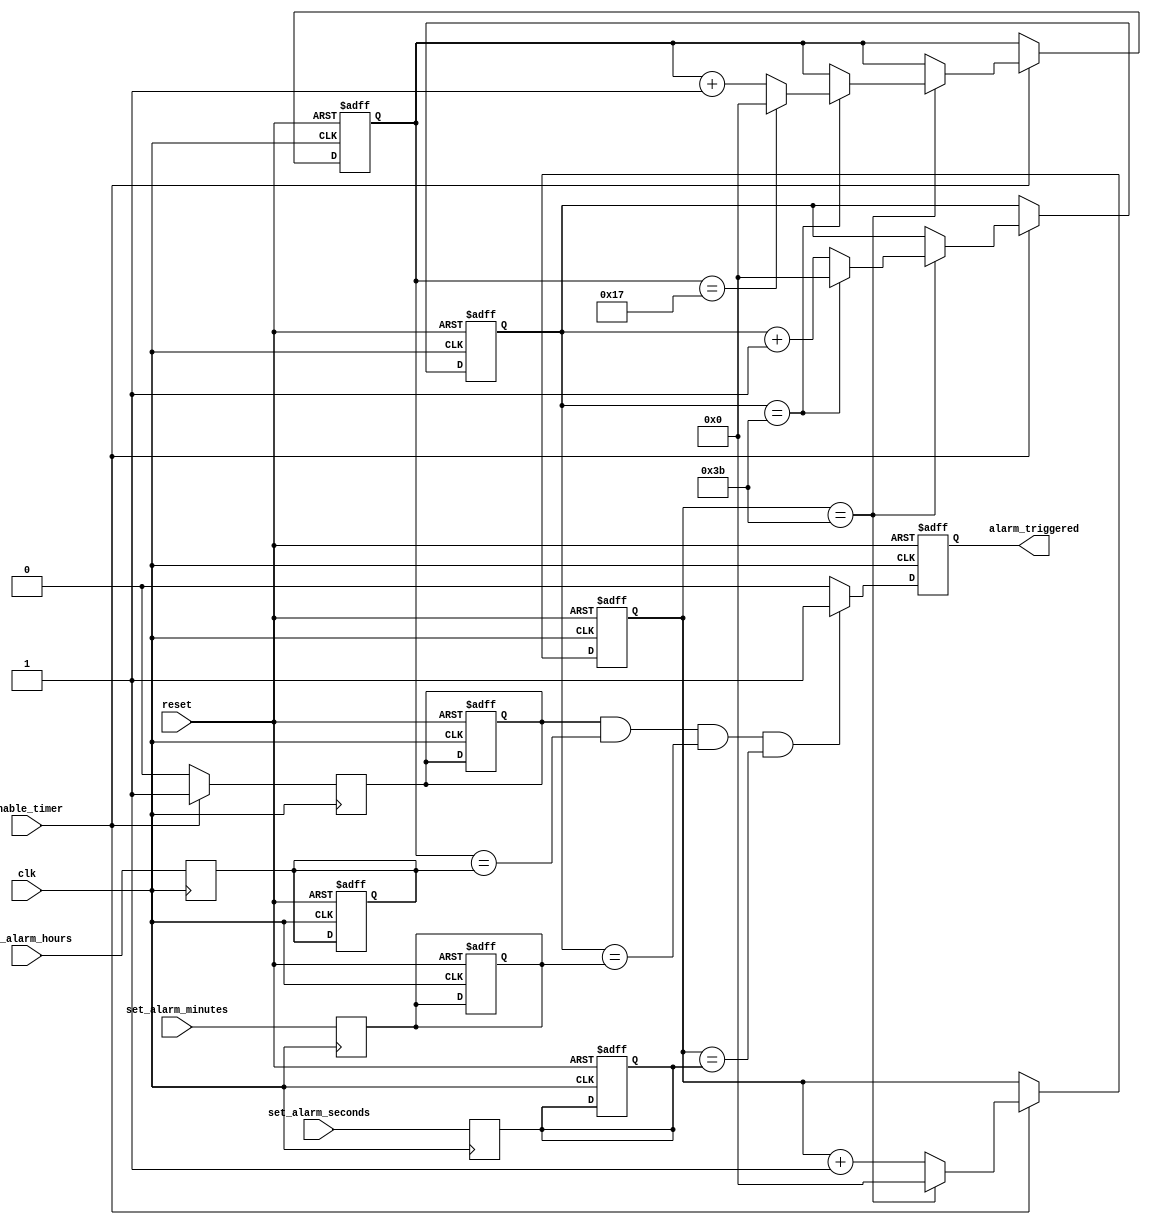
module RTC_timer (
    input wire clk,
    input wire reset,
    input wire enable_timer,
    input wire [7:0] set_alarm_hours,
    input wire [7:0] set_alarm_minutes,
    input wire [7:0] set_alarm_seconds,
    output reg alarm_triggered
);

reg [7:0] current_hours;
reg [7:0] current_minutes;
reg [7:0] current_seconds;

reg alarm_en;
reg [7:0] alarm_hours;
reg [7:0] alarm_minutes;
reg [7:0] alarm_seconds;

always @ (posedge clk or posedge reset) begin
    if (reset) begin
        current_hours <= 0;
        current_minutes <= 0;
        current_seconds <= 0;

        alarm_en <= 0;
        alarm_hours <= 0;
        alarm_minutes <= 0;
        alarm_seconds <= 0;
        
        alarm_triggered <= 0;
    end else begin
        if (enable_timer) begin
            if (current_seconds == 59) begin
                current_seconds <= 0;
                if (current_minutes == 59) begin
                    current_minutes <= 0;
                    if (current_hours == 23) begin
                        current_hours <= 0;
                    end else begin
                        current_hours <= current_hours + 1;
                    end
                end else begin
                    current_minutes <= current_minutes + 1;
                end
            end else begin
                current_seconds <= current_seconds + 1;
            end
        end

        if (alarm_en && current_hours == alarm_hours && current_minutes == alarm_minutes && current_seconds == alarm_seconds) begin
            alarm_triggered <= 1;
        end else begin
            alarm_triggered <= 0;
        end
    end
end

always @ (posedge clk) begin
    if (enable_timer) begin
        alarm_en <= 1;
    end else begin
        alarm_en <= 0;
    end
end

always @ (posedge clk) begin
    alarm_hours <= set_alarm_hours;
    alarm_minutes <= set_alarm_minutes;
    alarm_seconds <= set_alarm_seconds;
end

endmodule